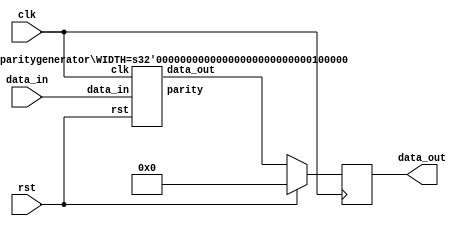
module paritygenerator_top #(parameter WIDTH=32) (clk,rst,data_in,data_out);
    input clk;
    input rst;
    input [WIDTH-1:0] data_in;
    output reg [WIDTH-1:0] data_out;

//    reg cin;
    wire [WIDTH-1:0] d_out;
    wire parity;
    
        
    always @ (posedge clk) begin
        if (rst)
            data_out <= 0;
        else
            data_out <= d_out;
    end

    paritygenerator #(.WIDTH(WIDTH)) paritygenerator_inst (.clk(clk),.rst(rst),.data_in(data_in),.data_out(d_out),.parity(parity));


//    assign data_out=d_out;
//    assign cout=cout;
endmodule

module paritygenerator #(parameter WIDTH=32)(
    input clk,
    input rst,
    input [WIDTH-1:0] data_in,
    output reg [WIDTH-1:0] data_out,
    output reg parity
    );
    
    reg [WIDTH-1:0] data_out_reg;
    
    always @ (posedge clk) begin
        if (rst)
            data_out <= 0;
        else
            data_out <= data_out_reg;
    end
    
    always @(*) begin
        parity = data_in[0]^data_in[1]^data_in[2]^data_in[3]^data_in[4]^data_in[5]^data_in[6]^data_in[7]^data_in[8]^data_in[9]^data_in[10]^data_in[11]^data_in[12]^data_in[13]^data_in[14]^data_in[15]^data_in[16]^data_in[17]^data_in[18]^data_in[19]^data_in[20]^data_in[21]^data_in[22]^data_in[23]^data_in[24]^data_in[25]^data_in[26]^data_in[27]^data_in[28]^data_in[29]^data_in[30]^data_in[31];
        data_out_reg = {data_in[30:0],parity};
    end
endmodule